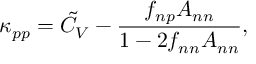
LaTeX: \kappa _ { p p } = \tilde { C } _ { V } - \frac { f _ { n p } A _ { n n } } { 1 - 2 f _ { n n } A _ { n n } } ,